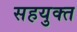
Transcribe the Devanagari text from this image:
सहयुक्त